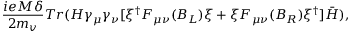
\frac { i e M \delta } { 2 m _ { v } } T r ( H \gamma _ { \mu } \gamma _ { \nu } [ \xi ^ { \dagger } F _ { \mu \nu } ( B _ { L } ) \xi + \xi F _ { \mu \nu } ( B _ { R } ) \xi ^ { \dagger } ] { \bar { H } } ) , \nonumber